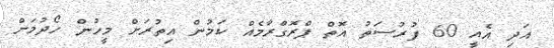
އަދި އެއީ 60 ފުރުސަތު އޮތް ޕްރޮގްރާމެއް ކަމުން އިތުރަށް މީހުން ހޯދުމަށް